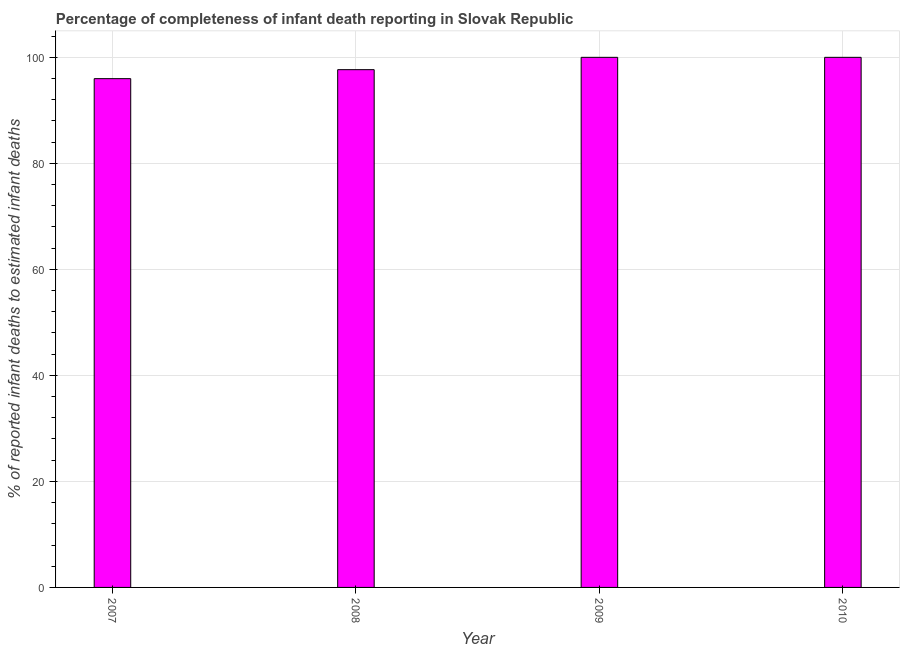
| Year | Completeness of infant death reporting |
 | --- | --- |
 | 2007 | 96 |
 | 2008 | 97.7 |
 | 2009 | 100 |
 | 2010 | 100 |